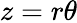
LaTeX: z=r\theta